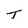
Character: T